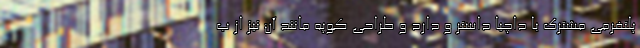
پلتفرمی مشترک با داچیا داستر و دارد و طراحی کوپه مانند آن نیز از ب